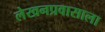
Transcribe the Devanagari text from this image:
लेखनप्रवासाला